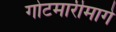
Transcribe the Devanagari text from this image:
गोटमारीमागे